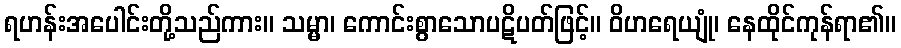
ရဟန်းအပေါင်းတို့သည်ကား။ သမ္မာ၊ ကောင်းစွာသောပဋိပတ်ဖြင့်။ ဝိဟရေယျုံ၊ နေထိုင်ကုန်ရာ၏။